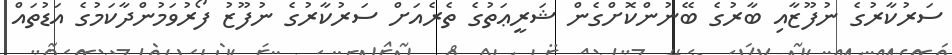
ސަރުކާރުގެ ނުފޫޒާއި ބާރުގެ ބޭނުންކޮށްގެން ޝަރީޢަތުގެ ތެރެއަށް ސަރުކާރުގެ ނުފޫޒު ފޯރުވަމުންދާކަމުގެ އަޑުތައް